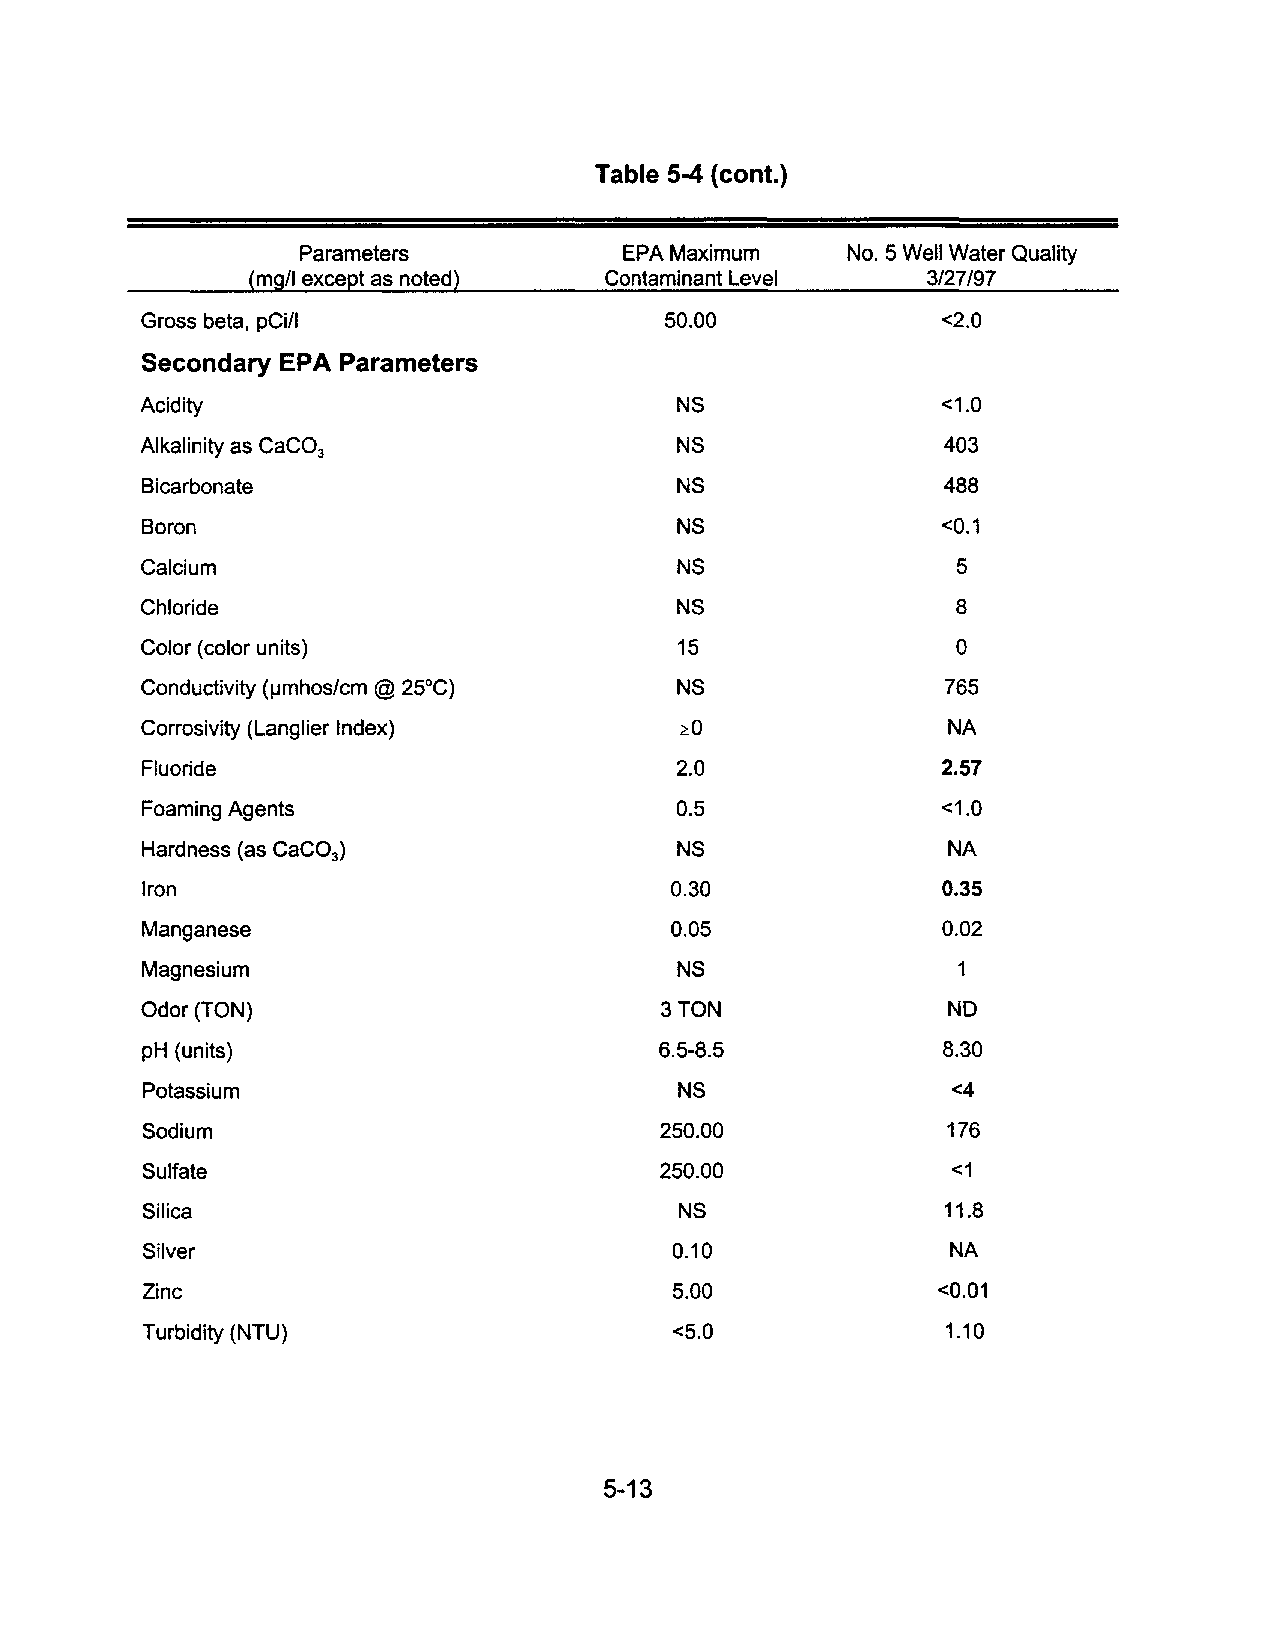
Table 5-4 (cont.)
 Parameters           EPA Maximum    No.5 Well Water Quality
 (mg/I except as noted) Contaminant Level    3/27/97
 Gross beta, pCi/1                  50.00             <2.0
 Secondary EPA Parameters
 Acidity                             NS               <1.0
 Alkalinity as CaC0                  NS                403
 3
 Bicarbonate                         NS                488
 Boron                               NS               <0.1
 Calcium                             NS                5
 Chloride                            NS                8
 Color (color units)                 15                0
 Conductivity (IJmhos/cm @ 25°C)     NS                765
 Corrosivity (Langlier Index)        ~O                NA
 Fluoride                            2.0              2.57
 Foaming Agents                      0.5              <1.0
 Hardness (as CaC0 3)                NS                NA
 Iron                               0.30              0.35
 Manganese                          0.05              0.02
 Magnesium                           NS                1
 Odor (TON)                         3 TON              NO
 pH (units)                         6.5-8.5           8.30
 Potassium                          NS                <4
 Sodium                            250.00             176
 Sulfate                           250.00             <1
 Silica                             NS                11.8
 Silver                             0.10              NA
 Zinc                               5.00             <0.01
 Turbidity (NTU)                    <5.0              1.10
 5-13